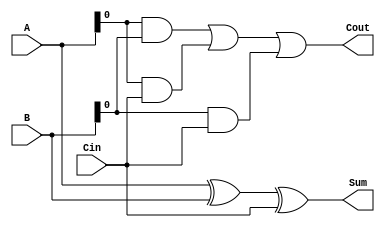
module carry_save_adder (
    input wire [7:0] A,
    input wire [7:0] B,
    input wire Cin,
    output reg [7:0] Sum,
    output reg Cout
);

reg [7:0] Sum_temp;

assign Sum_temp = A ^ B ^ Cin;
assign Sum = Sum_temp;
assign Cout = (A & B) | (A & Cin) | (B & Cin);

endmodule